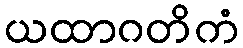
ယထာဂတိကံ